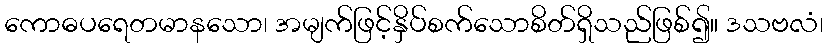
ကောဓပရေတမာနသော၊ အမျက်ဖြင့်နှိပ်စက်သောစိတ်ရှိသည်ဖြစ်၍။ ဒသဗလံ၊